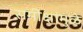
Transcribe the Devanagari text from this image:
समीक्षांमुळे